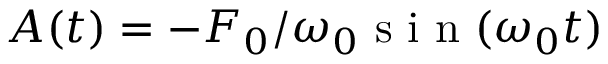
A ( t ) = - F _ { 0 } / \omega _ { 0 } \mathrm { ~ s ~ i ~ n ~ } ( \omega _ { 0 } t )